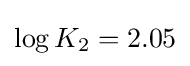
\log K_{2}=2.05